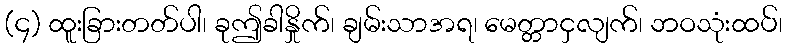
(၄) ထူးခြားတတ်ပါ၊ ခုဤခါနှိုက်၊ ချမ်းသာအရ၊ မေတ္တာငှလျက်၊ ဘဝသုံးထပ်၊